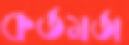
কর্তমর্তা